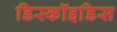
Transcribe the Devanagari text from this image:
डिस्कॉइडिस